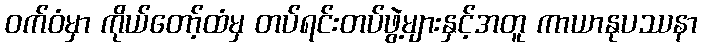
ဝက်ဝံမှာ ကိုယ်တော့်ထံမှ တပ်ရင်းတပ်ဖွဲ့များနှင့်အတူ ကာယာနုပဿနာ